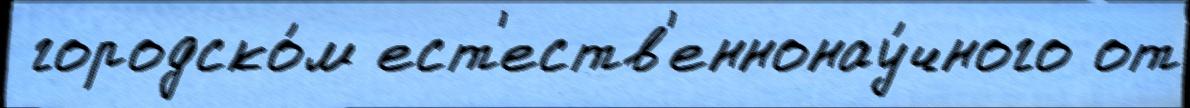
 городско́м ест'еств'еннонау́чного от